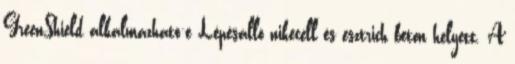
GreenShield alkalmazható-e Lépésálló nikecell és esztrich beton helyett. A